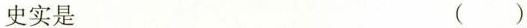
史实是 ( )